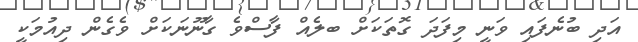
އަދި ބުނެފައި ވަނީ މިފަދަ ގޮތަކަށް ބލެއް ފާސްވެ ގާނޫނަކަށް ވެގެން ދިއުމަކީ